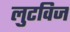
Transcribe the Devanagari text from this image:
लुटविज